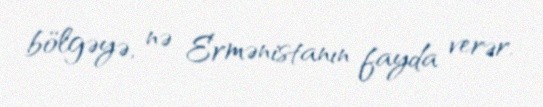
bölgəyə, nə Ermənistanın fayda verər.